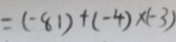
= ( - 8 1 ) + ( - 4 ) \times ( - 3 )